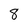
Character: 8